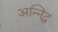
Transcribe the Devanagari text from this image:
अन्निद्ध